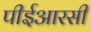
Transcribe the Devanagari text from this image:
पीईआरसी